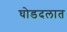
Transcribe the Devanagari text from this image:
घोडदलात